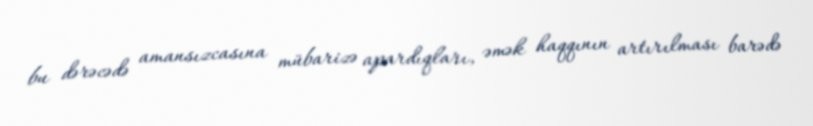
bu dərəcədə amansızcasına mübarizə apardıqları, əmək haqqının artırılması barədə